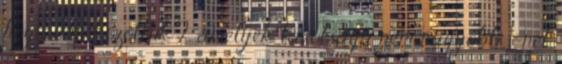
hogy van közöttük 2, amelyek távolsága nem nagyobb 1-nél.